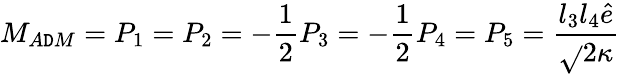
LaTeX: M_{A\mathtt{D}M}=P_{1}=P_{2}=-\frac{1}{2}P_{3}=-\frac{1}{2}P_{4}=P_{5}=\frac{{l_{3}l_{4}\hat{{e}}}}{{\sqrt{}{{2}}\kappa}}